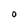
Character: O